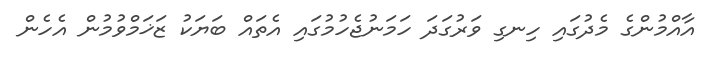
އާއްމުންގެ މެދުގައި ހިނގި ވަރުގަދަ ހަމަނުޖެހުމުގައި އެތައް ބަޔަކު ޒަޚަމްވުމުން އެހެން